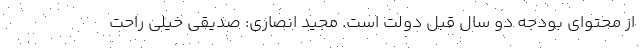
از محتوای بودجه دو سال قبل دولت است. مجید انصاری: صدیقی خیلی راحت